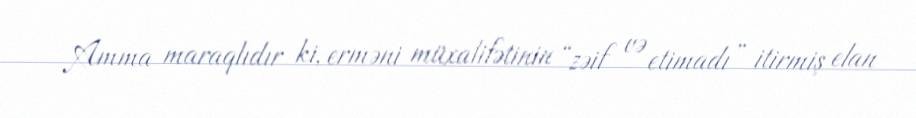
Amma maraqlıdır ki, erməni müxalifətinin “zəif və etimadı” itirmiş elan